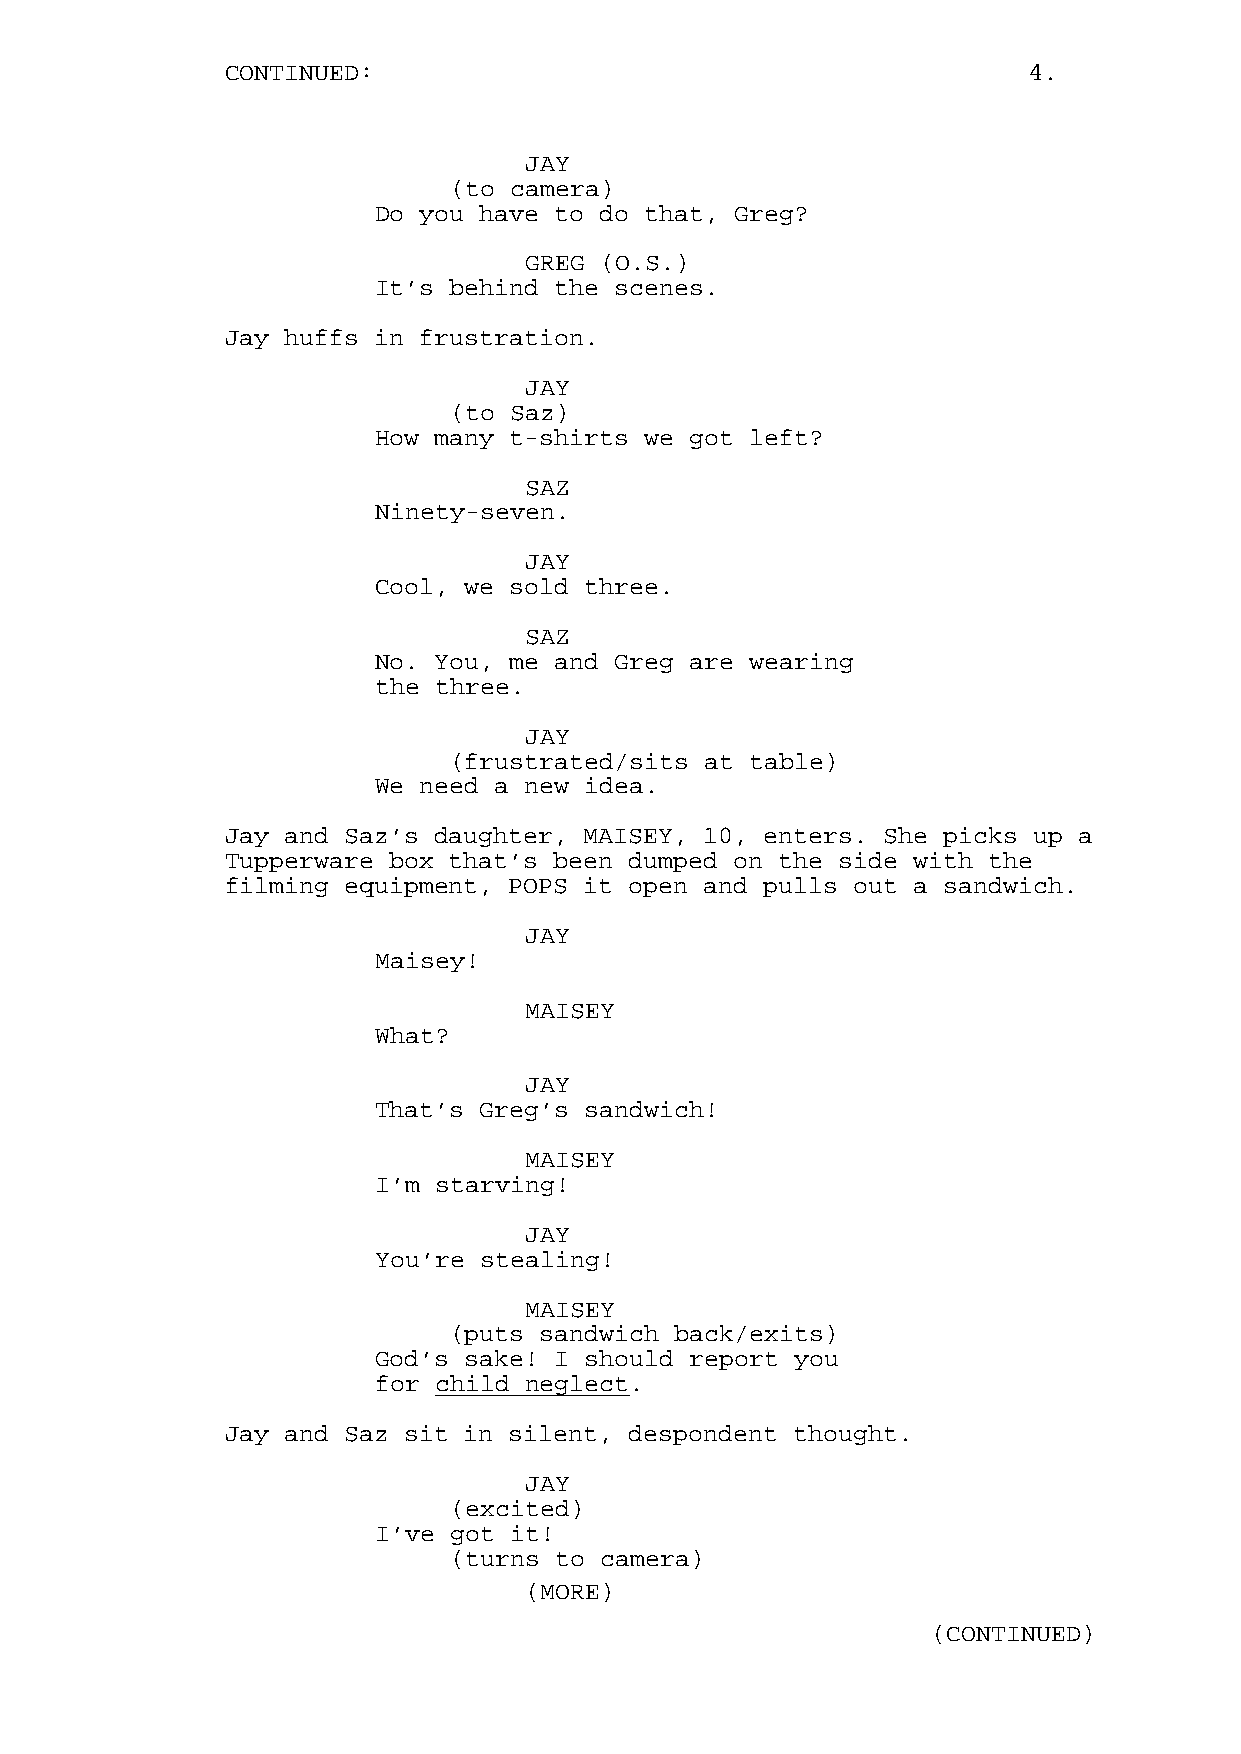
CONTINUED:                                           4.
 JAY
 (to camera)
 Do you have to do that, Greg?
 GREG (O.S.)
 It’s behind the scenes.
 Jay huffs in frustration.
 JAY
 (to Saz)
 How many t-shirts we got left?
 SAZ
 Ninety-seven.
 JAY
 Cool, we sold three.
 SAZ
 No. You, me and Greg are wearing
 the three.
 JAY
 (frustrated/sits at table)
 We need a new idea.
 Jay and Saz’s daughter, MAISEY, 10, enters. She picks up a
 Tupperware box that’s been dumped on the side with the
 filming equipment, POPS it open and pulls out a sandwich.
 JAY
 Maisey!
 MAISEY
 What?
 JAY
 That’s Greg’s sandwich!
 MAISEY
 I’m starving!
 JAY
 You’re stealing!
 MAISEY
 (puts sandwich back/exits)
 God’s sake! I should report you
 for child neglect.
 Jay and Saz sit in silent, despondent thought.
 JAY
 (excited)
 I’ve got it!
 (turns to camera)
 (MORE)
 (CONTINUED)